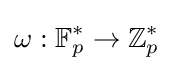
\omega :\mathbb {F} _{p}^{*}\to \mathbb {Z} _{p}^{*}